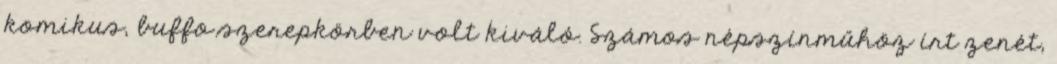
komikus, buffo szerepkörben volt kiváló. Számos népszínműhöz írt zenét,